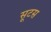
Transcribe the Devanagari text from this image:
सूटस